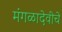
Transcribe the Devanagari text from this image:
मंगळादेवीचे